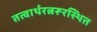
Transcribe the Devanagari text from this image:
तत्वार्थरत्नरूरस्थित